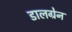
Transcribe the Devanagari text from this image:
डालग्रेन